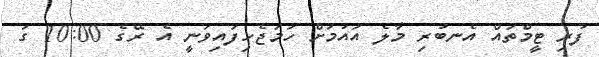
ފުރި ޓީމްތައް އެނބުރި މާލެ އައުމަށް ހަމަޖެހިފައިވަނީ އެ ރޭގެ 10:00 ގަ